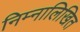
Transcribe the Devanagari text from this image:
निम्नालिखित